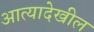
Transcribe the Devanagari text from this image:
आत्यादेखील